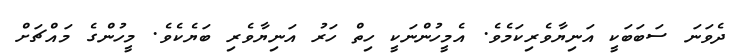
ދެވަނަ ސަބަބަކީ އަނިޔާވެރިކަމެވެ. އެމީހުންނަކީ ހިތް ހަރު އަނިޔާވެރި ބަޔެކެވެ. މީހުންގެ މައްޗަށް